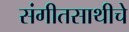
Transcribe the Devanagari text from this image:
संगीतसाथीचे